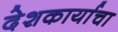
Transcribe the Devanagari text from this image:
देशकार्याचा